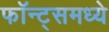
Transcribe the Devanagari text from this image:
फॉन्ट्‌समध्ये